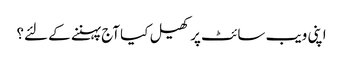
اپنی ویب سائٹ پر کھیل کیا آج پہننے کے لئے؟